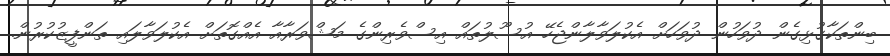
ބިންތަކާގުޅިގެން ދުވަހުން ދުވަހަށް އެކުލަވާލާންޖެހޭ އުސޫލުތައް އިސްވެރިންގެ މަޝްވަރާއާ އެއްގޮތަށް އެކުލަވާލައި ތަންފީޒުކުރުން.